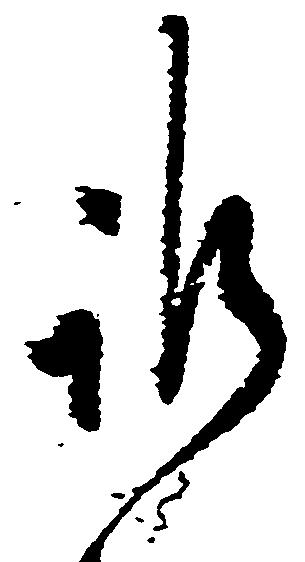
訴